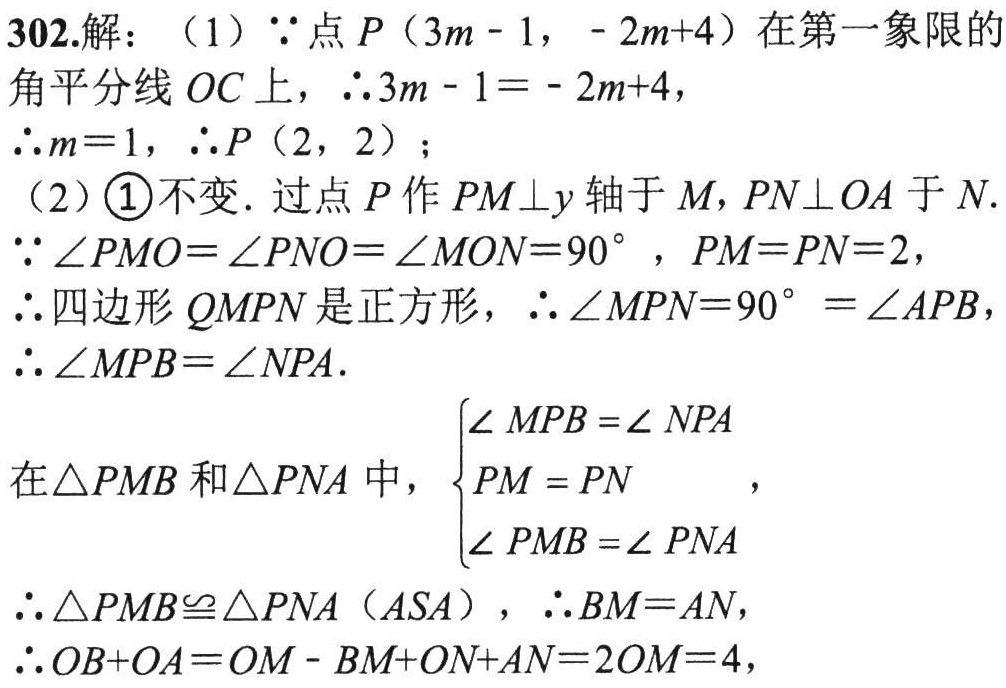
302.解：（1）\(\because\)点\(P(3m - 1, - 2m + 4)\)在第一象限的
角平分线\(OC\)上，\(\therefore3m - 1 = - 2m + 4\)，
\(\therefore m = 1\)，\(\therefore P(2, 2)\)；
（2）\textcircled{1}不变. 过点\(P\)作\(PM\perp y\)轴于\(M\)，\(PN\perp OA\)于\(N\).
\(\because\angle PMO=\angle PNO=\angle MON = 90^{\circ}\)，\(PM = PN = 2\)，
\(\therefore\)四边形\(QMPN\)是正方形，\(\therefore\angle MPN = 90^{\circ}=\angle APB\)，
\(\therefore\angle MPB=\angle NPA\).
\(\therefore\angle MPB=\angle NPA\).
在\(\triangle PMB\)和\(\triangle PNA\)中，\(\begin{cases}
\angle MPB=\angle NPA\\
PM = PN\\
\angle PMB=\angle PNA
\end{cases}\)，
\(\therefore\triangle PMB\cong\triangle PNA(ASA)\)，\(\therefore BM = AN\)，
\(\therefore OB + OA=OM - BM + ON + AN = 2OM = 4\)，